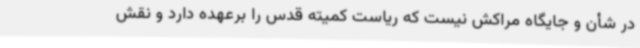
در شأن و جایگاه مراکش نیست که ریاست کمیته قدس را برعهده دارد و نقش